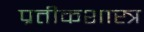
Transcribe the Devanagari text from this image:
प्रतीकशास्त्र